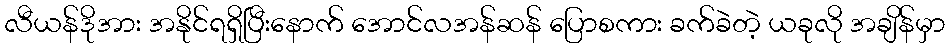
လီယန်ဒိုအား အနိုင်ရရှိပြီးနောက် အောင်လအန်ဆန် ပြောစကား ခက်ခဲတဲ့ ယခုလို အချိန်မှာ